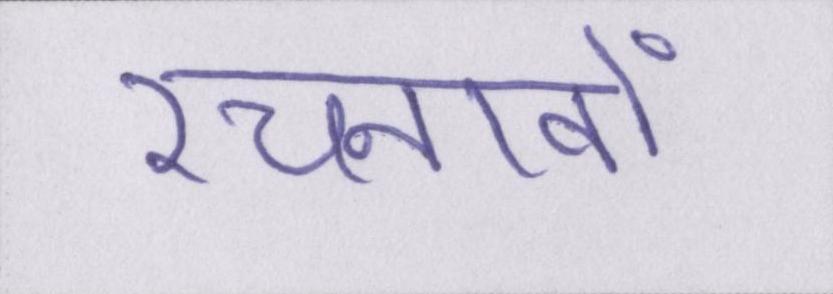
रचनावों